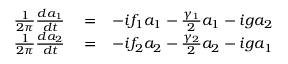
\begin{array} { r l r } { \frac { 1 } { 2 \pi } \frac { d a _ { 1 } } { d t } } & { { } = } & { - i f _ { 1 } a _ { 1 } - \frac { \gamma _ { 1 } } { 2 } a _ { 1 } - i g a _ { 2 } } \\ { \frac { 1 } { 2 \pi } \frac { d a _ { 2 } } { d t } } & { { } = } & { - i f _ { 2 } a _ { 2 } - \frac { \gamma _ { 2 } } { 2 } a _ { 2 } - i g a _ { 1 } } \end{array}